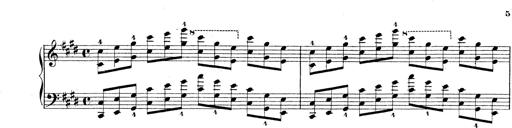
Title: Technische Studien
Composer: Franz Liszt